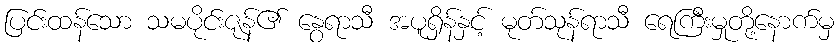
ပြင်းထန်သော သမပိုင်းဇုန်၏ နွေရာသီ အပူရှိန်နှင့် မုတ်သုန်ရာသီ ရေကြီးမှုတို့နောက်မှ